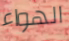
الهواء